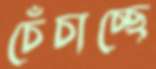
চেঁচাচ্ছে